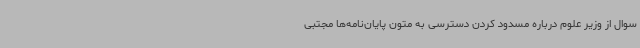
سوال از وزیر علوم درباره مسدود کردن دسترسی به متون پایان‌نامه‌ها مجتبی